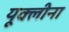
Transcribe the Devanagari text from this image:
यूक्लीना